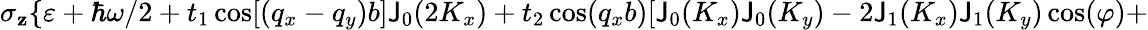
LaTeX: \sigma_{\mathbf{z}}\{ \varepsilon+\hbar\omega/2+t_{1}\cos[(q_{x}-q_{y})b]\mathsf{J}_{0}(2K_{x})+t_{2}\cos(q_{x}b)[\mathsf{J}_{0}(K_{x})\mathsf{J}_{0}(K_{y})-2\mathsf{J}_{1}(K_{x})\mathsf{J}_{1}(K_{y})\cos(\varphi)+